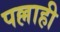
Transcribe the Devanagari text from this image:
पल्लाही